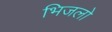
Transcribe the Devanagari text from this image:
भिजलो